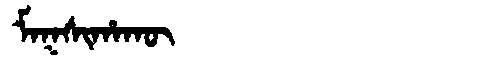
Manchu: ᠮᠠᡴᠰᡳᡥᠠᡴᡡ
Romanization: MAKSIHAKŪ